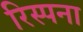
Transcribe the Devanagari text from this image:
रिस्पना